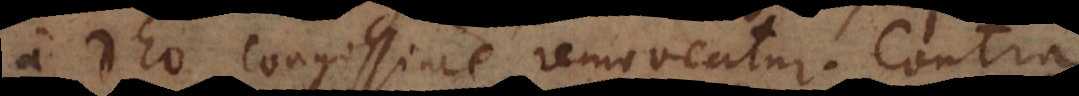
a Deo longissime removeatur. Contra